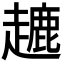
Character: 𧽥